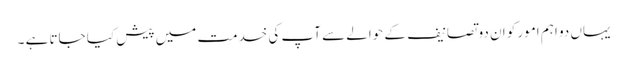
یہاں دو اہم امور کو ان دو تصانیف کے حوالے سے آپ کی خدمت میں پیش کیا جاتا ہے ۔